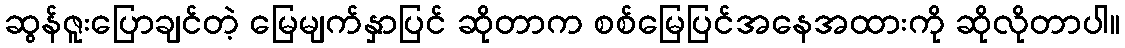
ဆွန်ဇူးပြောချင်တဲ့ မြေမျက်နှာပြင် ဆိုတာက စစ်မြေပြင်အနေအထားကို ဆိုလိုတာပါ။